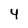
Character: 4